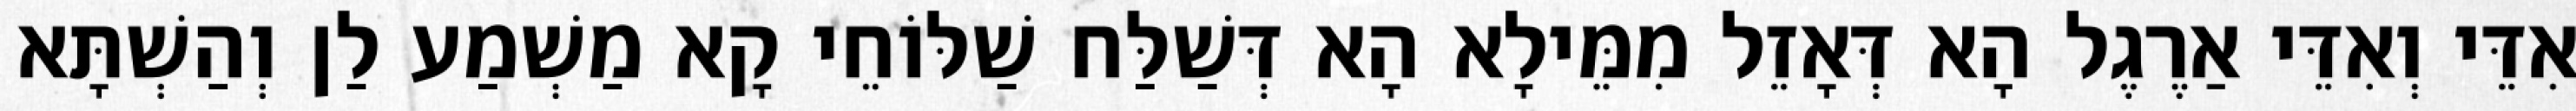
אִדֵּי וְאִדֵּי אַרֶגֶל הָא דְּאָזֵל מִמֵּילָא הָא דְּשַׁלַּח שַׁלּוֹחֵי קָא מַשְׁמַע לַן וְהַשְׁתָּא